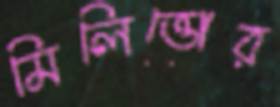
মিলিত্তোর